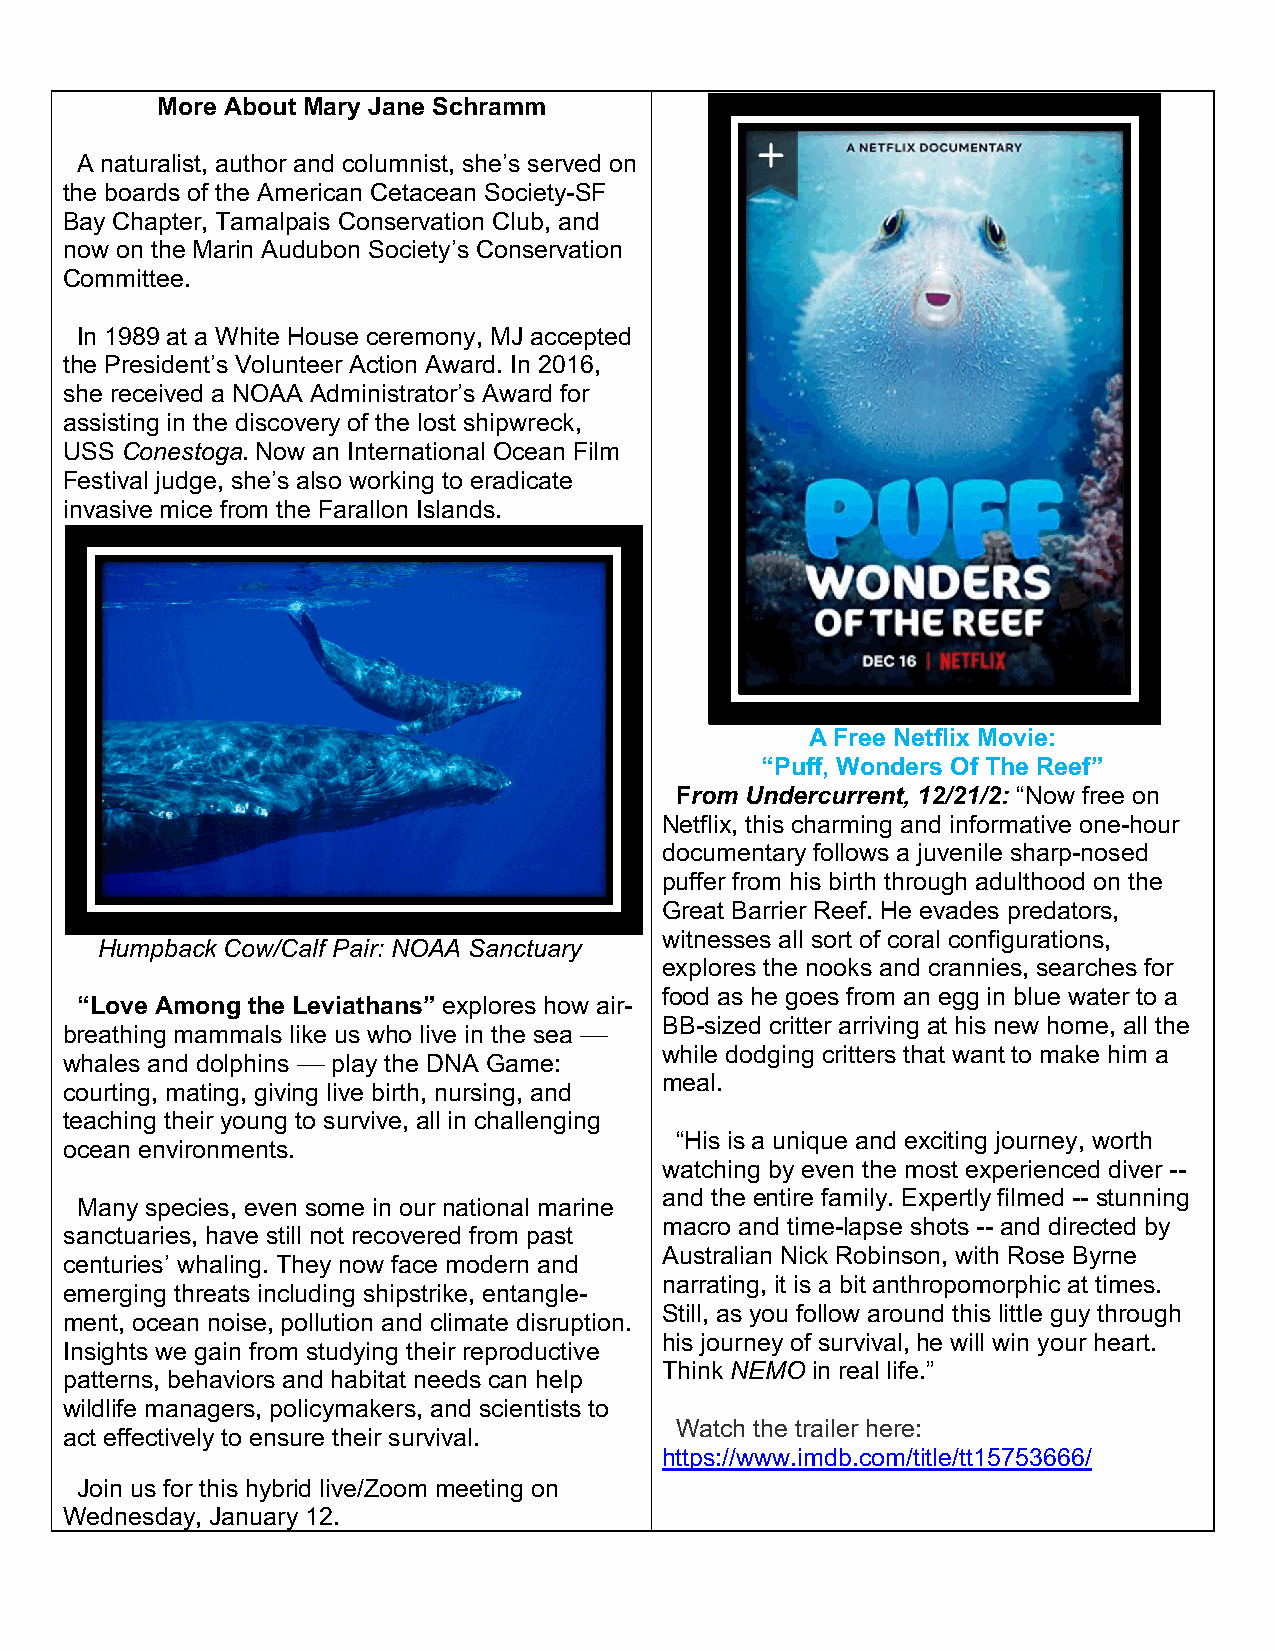
More About Mary Jane Schramm
 A naturalist, author and columnist, she’s served on
 the boards of the American Cetacean Society-SF
 Bay Chapter, Tamalpais Conservation Club, and
 now on the Marin Audubon Society’s Conservation
 Committee.
 In 1989 at a White House ceremony, MJ accepted
 the President’s Volunteer Action Award. In 2016,
 she received a NOAA Administrator’s Award for
 assisting in the discovery of the lost shipwreck,
 USS Conestoga. Now an International Ocean Film
 Festival judge, she’s also working to eradicate
 invasive mice from the Farallon Islands.
 A Free Netflix Movie:
 “Puff, Wonders Of The Reef”
 From Undercurrent, 12/21/2: “Now free on
 Netflix, this charming and informative one-hour
 documentary follows a juvenile sharp-nosed
 puffer from his birth through adulthood on the
 Great Barrier Reef. He evades predators,
 witnesses all sort of coral configurations,
 Humpback Cow/Calf Pair: NOAA Sanctuary
 explores the nooks and crannies, searches for
 food as he goes from an egg in blue water to a
 “Love Among the Leviathans” explores how air-
 BB-sized critter arriving at his new home, all the
 breathing mammals like us who live in the sea ––
 while dodging critters that want to make him a
 whales and dolphins –– play the DNA Game:
 meal.
 courting, mating, giving live birth, nursing, and
 teaching their young to survive, all in challenging
 “His is a unique and exciting journey, worth
 ocean environments.
 watching by even the most experienced diver --
 and the entire family. Expertly filmed -- stunning
 Many species, even some in our national marine
 macro and time-lapse shots -- and directed by
 sanctuaries, have still not recovered from past
 Australian Nick Robinson, with Rose Byrne
 centuries’ whaling. They now face modern and
 narrating, it is a bit anthropomorphic at times.
 emerging threats including shipstrike, entangle-
 Still, as you follow around this little guy through
 ment, ocean noise, pollution and climate disruption.
 his journey of survival, he will win your heart.
 Insights we gain from studying their reproductive
 Think NEMO in real life.”
 patterns, behaviors and habitat needs can help
 wildlife managers, policymakers, and scientists to
 Watch the trailer here:
 act effectively to ensure their survival.
 https://www.imdb.com/title/tt15753666/
 Join us for this hybrid live/Zoom meeting on
 Wednesday, January 12.